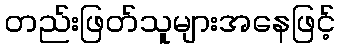
တည်းဖြတ်သူများအနေဖြင့်